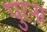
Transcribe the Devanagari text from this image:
पुरना